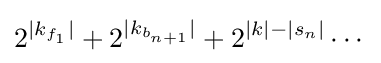
2^{|k_{f_{1}}|}+2^{|k_{b_{n+1}}|}+2^{|k|-|s_{n}|}\cdots